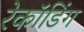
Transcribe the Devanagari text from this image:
रेकॉडिंग